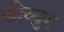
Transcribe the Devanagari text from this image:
कोव्वुर